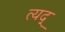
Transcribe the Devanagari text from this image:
त्यद्